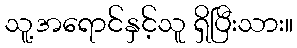
သူ့အရောင်နှင့်သူ ရှိပြီးသား။